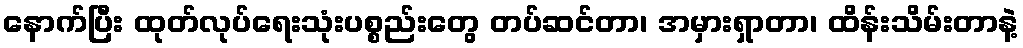
နောက်ပြီး ထုတ်လုပ်ရေးသုံးပစ္စည်းတွေ တပ်ဆင်တာ၊ အမှားရှာတာ၊ ထိန်းသိမ်းတာနဲ့